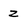
Character: z